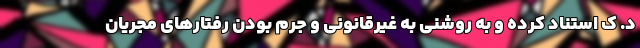
د. ک استناد کرده و به روشنی به غیرقانونی و جرم بودن رفتار‌های مجریان